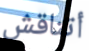
أتناقش